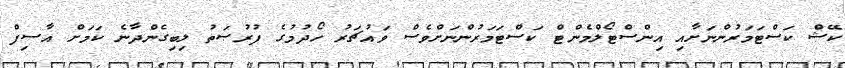
ކޭޝް ކަސްޓަމަރުންނަށާއި އިންސްޓޯލްމެންޓް ކަސްޓަމަރުންނަށްވެސް ވައުޗަރު ހޯދުމުގެ ފުރުޞަތު ލިބިގެންދާނެ ކަމަށް އާސިފް